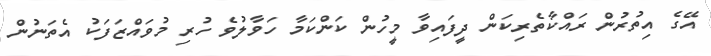
އޭގެ އިތުރުން ރައްކާތެރިކަން ދީފައިވާ މީހުން ކަންކަމާ ހަވާލުވެ ހުރި މުވައްޒަފަކު އެތަނުން